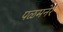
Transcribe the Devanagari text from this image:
पळमनेर